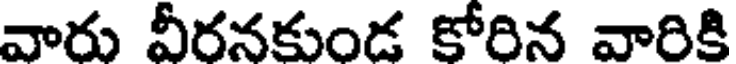
వారు వీరనకుండ కోరిన వారికి